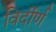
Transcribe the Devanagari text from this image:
विर्दीर्ण